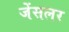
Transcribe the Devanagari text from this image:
जेंसलर